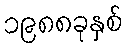
၁၉၈၈ခုနှစ်